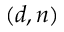
( d , n )